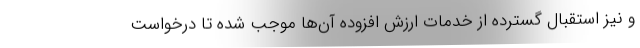
و نیز استقبال گسترده از خدمات ارزش افزوده آن‌ها موجب شده تا درخواست